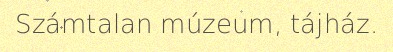
Számtalan múzeum, tájház.